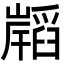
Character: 𭗧